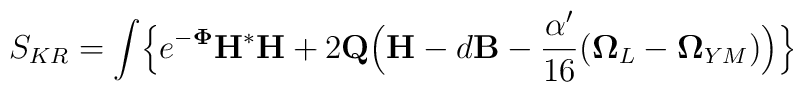
S_{KR} = \int \Bigl\{ e^{-{\bf \Phi}} {\bf H}{^{*}{\bf H}}+ 2{\bf Q} \Bigl( {\bf H} - d{\bf B} - \frac{\alpha'}{16}({\bf \Omega}_L - {\bf \Omega}_{YM})\Bigr) \Bigr\}